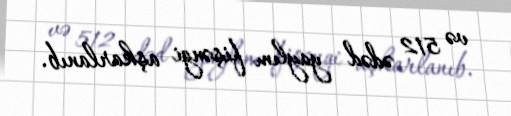
və 512 ədəd yaylım fişəngi aşkarlanıb.